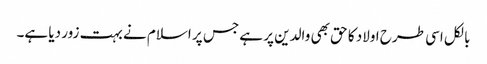
بالکل اسی طرح اولاد کا حق بھی والدین پر ہے جس پر اسلام نے بہت زور دیا ہے۔